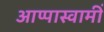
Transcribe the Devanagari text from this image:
आप्पास्वामीं